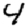
Digit: 4